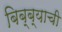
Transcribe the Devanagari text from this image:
बिब्ब्याची